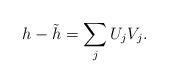
LaTeX: \begin{align*} h-\tilde{h}=\sum_{j}U_jV_j.\end{align*}